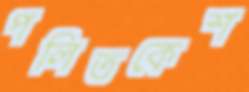
পলিতকেশ